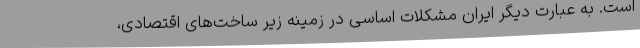
است. به عبارت دیگر ایران مشکلات اساسی در زمینه زیر ساخت‌های اقتصادی،